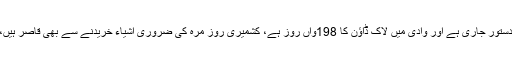
مقبوضہ کشمیر میں قابض بھارتی فوج کی جارحیت بدستور جاری ہے اور وادی میں لاک ڈاؤن کا 198واں روز ہے، کشمیری روز مرہ کی ضروری اشیاء خریدنے سے بھی قاصر ہیں، دودھ بچوں کی خوراک، ادویات سب ختم ہو چکا ہے۔